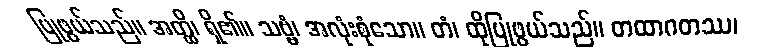
ပြုဖွယ်သည်။ အတ္ထိ၊ ရှိ၏။ သဗ္ဗံ၊ အလုံးစုံသော။ တံ၊ ထိုပြုဖွယ်သည်။ တထာဂတဿ၊